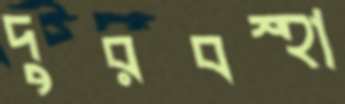
দুরবস্হা